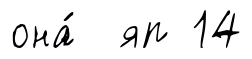
она́ яп 14